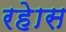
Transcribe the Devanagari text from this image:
रहेास